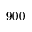
9 0 0